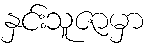
နှင်းသူဇာမှာ